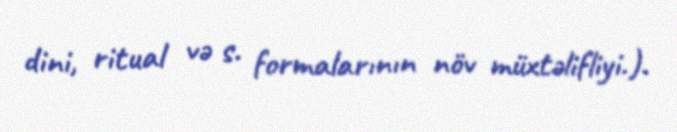
dini, ritual və s. formalarının növ müxtəlifliyi.).